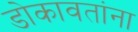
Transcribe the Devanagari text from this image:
डोकावतांना